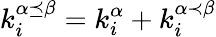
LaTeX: k_{i}^{\alpha\preceq\beta}=k_{i}^{\alpha}+k_{i}^{\alpha\prec\beta}